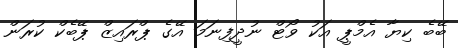
ބޭބެ ކިޔާ އެމްޕީ އަކު ވޯޓް ނުދީފިނަމަ އޭގެ ޕްރައިޒް ޕޭބެކް ކުރަން